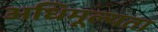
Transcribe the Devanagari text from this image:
अधिमूल्यता